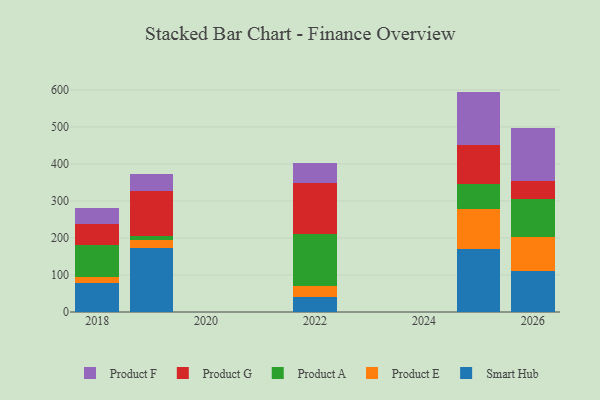
{"axis": {"x": "Year", "y": "Market Share (%)"}, "legend": ["Product A", "Product E", "Product F", "Product G", "Smart Hub"], "data": [{"x": "2026", "y": 110.2, "type": "Smart Hub"}, {"x": "2026", "y": 92.0, "type": "Product E"}, {"x": "2026", "y": 102.2, "type": "Product A"}, {"x": "2026", "y": 48.6, "type": "Product G"}, {"x": "2026", "y": 144.1, "type": "Product F"}, {"x": "2022", "y": 41.8, "type": "Smart Hub"}, {"x": "2022", "y": 29.5, "type": "Product E"}, {"x": "2022", "y": 139.4, "type": "Product A"}, {"x": "2022", "y": 136.8, "type": "Product G"}, {"x": "2022", "y": 55.0, "type": "Product F"}, {"x": "2019", "y": 171.7, "type": "Smart Hub"}, {"x": "2019", "y": 24.0, "type": "Product E"}, {"x": "2019", "y": 8.9, "type": "Product A"}, {"x": "2019", "y": 121.5, "type": "Product G"}, {"x": "2019", "y": 46.7, "type": "Product F"}, {"x": "2025", "y": 171.3, "type": "Smart Hub"}, {"x": "2025", "y": 107.5, "type": "Product E"}, {"x": "2025", "y": 67.3, "type": "Product A"}, {"x": "2025", "y": 105.9, "type": "Product G"}, {"x": "2025", "y": 143.4, "type": "Product F"}, {"x": "2018", "y": 79.5, "type": "Smart Hub"}, {"x": "2018", "y": 14.2, "type": "Product E"}, {"x": "2018", "y": 88.2, "type": "Product A"}, {"x": "2018", "y": 55.1, "type": "Product G"}, {"x": "2018", "y": 43.4, "type": "Product F"}]}